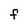
Character: F